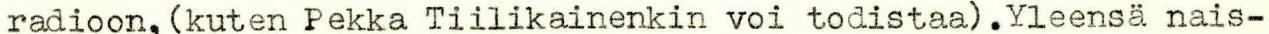
radioon,(kuten Pekka Tiilikainenkin voi todistaa).Yleensä nais-